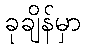
ခုချိန်မှာ